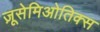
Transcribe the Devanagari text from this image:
ज़ूसेमिओतिक्स